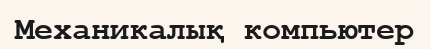
Механикалық компьютер